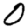
Digit: 0